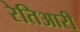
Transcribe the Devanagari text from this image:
रेतिआरी